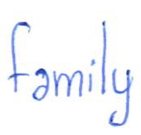
Text: family
Cross-out: clean
Writing tool: ballpoint